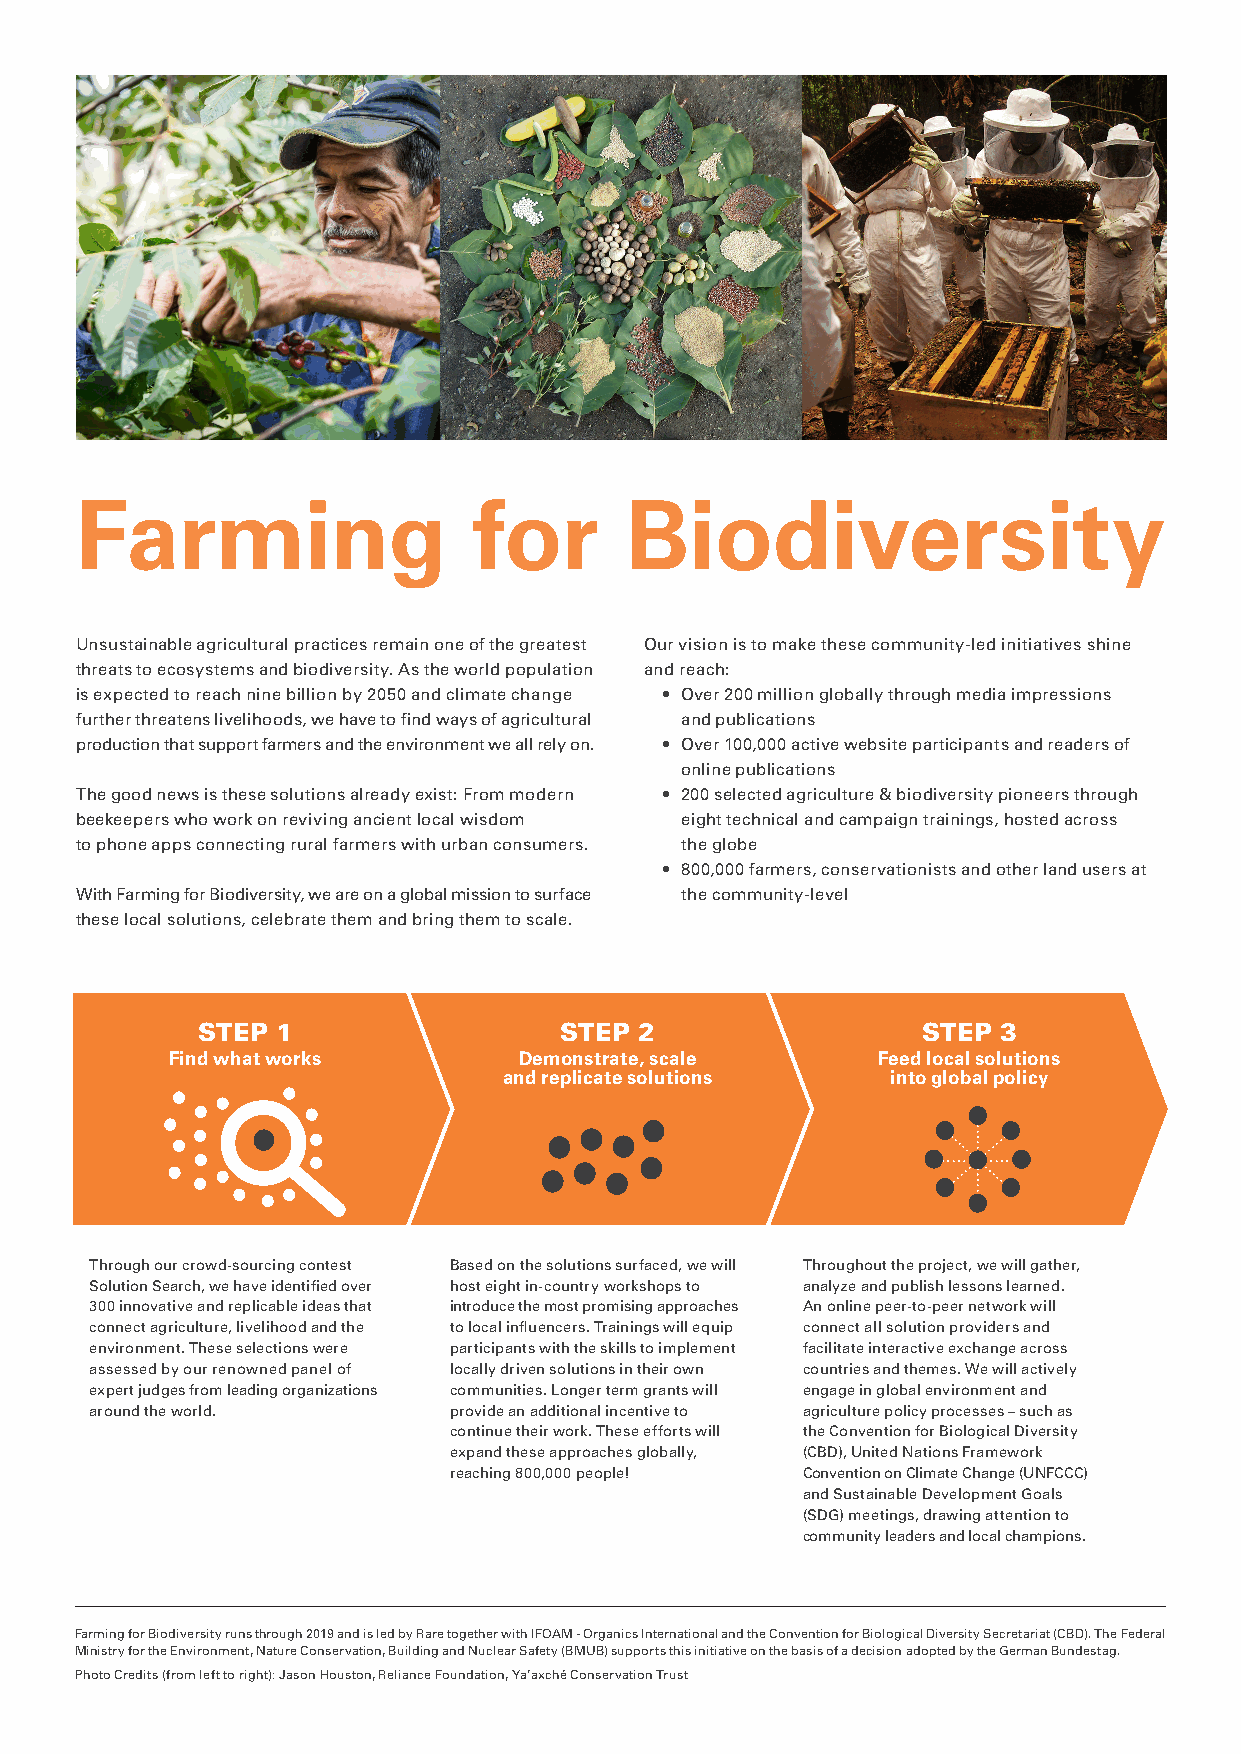
Farming                   for       Biodiversity
 Unsustainable agricultural practices remain one of the greatest Our vision is to make these community-led initiatives shine
 threats to ecosystems and biodiversity. As the world population and reach:
 is expected to reach nine billion by 2050 and climate change • Over 200 million globally through media impressions
 further threatens livelihoods, we have to find ways of agricultural and publications
 production that support farmers and the environment we all rely on. • Over 100,000 active website participants and readers of
 online publications
 The good news is these solutions already exist: From modern • 200 selected agriculture & biodiversity pioneers through
 beekeepers who work on reviving ancient local wisdom eight technical and campaign trainings, hosted across
 to phone apps connecting rural farmers with urban consumers. the globe
 • 800,000 farmers, conservationists and other land users at
 With Farming for Biodiversity, we are on a global mission to surface the community-level
 these local solutions, celebrate them and bring them to scale.
 STEP 1                  STEP 2                  STEP 3
 Find what works        Demonstrate, scale      Feed local solutions
 and replicate solutions   into global policy
 Through our crowd-sourcing contest Based on the solutions surfaced, we will Throughout the project, we will gather,
 Solution Search, we have identified over host eight in-country workshops to analyze and publish lessons learned.
 300 innovative and replicable ideas that introduce the most promising approaches An online peer-to-peer network will
 connect agriculture, livelihood and the to local influencers. Trainings will equip connect all solution providers and
 environment. These selections were participants with the skills to implement facilitate interactive exchange across
 assessed by our renowned panel of locally driven solutions in their own countries and themes. We will actively
 expert judges from leading organizations communities. Longer term grants will engage in global environment and
 around the world.       provide an additional incentive to agriculture policy processes – such as
 continue their work. These efforts will the Convention for Biological Diversity
 expand these approaches globally, (CBD), United Nations Framework
 reaching 800,000 people! Convention on Climate Change (UNFCCC)
 and Sustainable Development Goals
 (SDG) meetings, drawing attention to
 community leaders and local champions.
 Farming for Biodiversity runs through 2019 and is led by Rare together with IFOAM - Organics International and the Convention for Biological Diversity Secretariat (CBD). The Federal
 Ministry for the Environment, Nature Conservation, Building and Nuclear Safety (BMUB) supports this initiative on the basis of a decision adopted by the German Bundestag.
 Photo Credits (from left to right): Jason Houston, Reliance Foundation, Ya’axché Conservation Trust